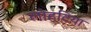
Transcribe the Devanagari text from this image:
लोहटिया